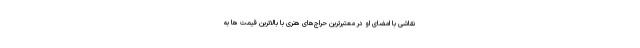
نقاشی با امضای او در معتبرترین حراج‌های هنری با بالاترین قیمت ها به